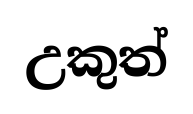
උකුත්